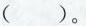
()。